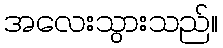
အလေးသွားသည်။